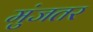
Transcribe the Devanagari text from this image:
मुंजतर